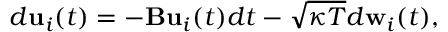
\begin{array} { r } { d { \bf { u } } _ { i } ( t ) = - { \bf B } { \bf { u } } _ { i } ( t ) d t - \sqrt { \kappa T } d { \bf w } _ { i } ( t ) , } \end{array}